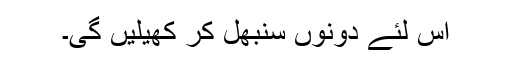
اس لئے دونوں سنبھل کر کھیلیں گی۔